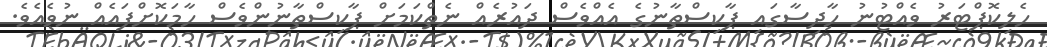
ހެލިކޮޕްޓަރު ވެއްޓުނު ހާދިސާގައި ޕާކިސްތާނުގެ އެއްވެސް ދައުރެއް ނެތްކަމަށް ޕާކިސްތާނުންވެސް ހާމަކޮށްފައެއް ނުވެއެވެ.